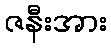
ဇနီးအား